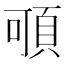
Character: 𩑸